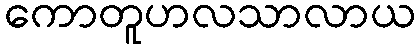
ကောတူဟလသာလာယ